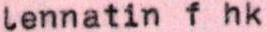
lennatin f hk